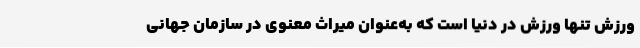
ورزش تنها ورزش در دنیا است که به‌عنوان میراث معنوی در سازمان جهانی